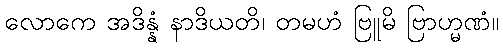
လောကေ အဒိန္နံ နာဒိယတိ၊ တမဟံ ဗြူမိ ဗြာဟ္မဏံ။